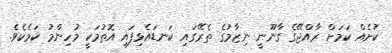
ކުށެއް ކަމަށް ރާއްޖޭގެ ގާނޫނީ ނިޒާމުގެ ތެރޭގައި ކަނޑައެޅިފައި އޮތުމަކީ މުހިންމު ކަމެކެވެ.